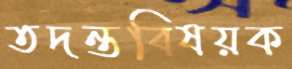
তদন্তবিষয়ক